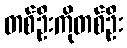
တစ်ဦးကိုတစ်ဦး